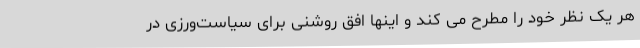
هر یک نظر خود را مطرح می کند و اینها افق روشنی برای سیاست‌ورزی در